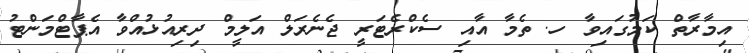
އިމާރާތް ކަމުގައިވާ ހ. ތެމާ އާއި ސެކްރެޓަރީ ޖެނެރަލް އަލީމް ދިރިއުޅުއްވާ އެޕާޓްމަންޓު